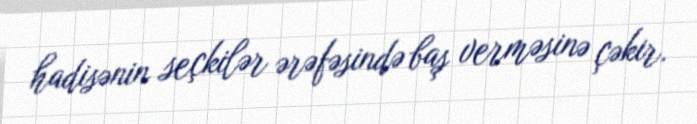
hadisənin seçkilər ərəfəsində baş verməsinə çəkir.